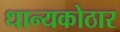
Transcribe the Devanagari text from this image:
धान्यकोठार